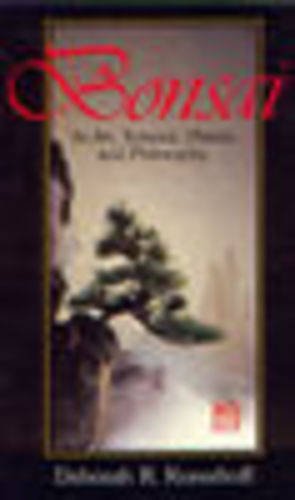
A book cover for Bonsai: Its Art, Science, History and Philosophy; Deborah R. Koreshoff; Crafts, Hobbies & Home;